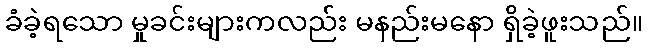
ခံခဲ့ရသော မှုခင်းများကလည်း မနည်းမနော ရှိခဲ့ဖူးသည်။